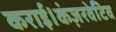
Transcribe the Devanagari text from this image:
कराई।कंज़रवेटिव